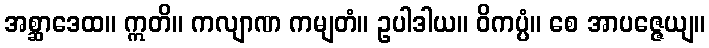
အစ္ဆာဒေထ။ ဣတိ။ ကလျာဏ ကမျတံ။ ဥပါဒါယ။ ဝိကပ္ပံ။ စေ အာပဇ္ဇေယျ။